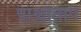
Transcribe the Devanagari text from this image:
पाश्चाताप